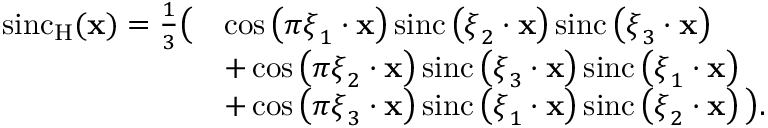
{ \begin{array} { r l } { \operatorname { s i n c } _ { \mathrm { H } } ( \mathbf { x } ) = { \frac { 1 } { 3 } } { \big ( } } & { \cos \left( \pi { \boldsymbol { \xi } } _ { 1 } \cdot \mathbf { x } \right) \operatorname { s i n c } \left( { \boldsymbol { \xi } } _ { 2 } \cdot \mathbf { x } \right) \operatorname { s i n c } \left( { \boldsymbol { \xi } } _ { 3 } \cdot \mathbf { x } \right) } \\ & { + \cos \left( \pi { \boldsymbol { \xi } } _ { 2 } \cdot \mathbf { x } \right) \operatorname { s i n c } \left( { \boldsymbol { \xi } } _ { 3 } \cdot \mathbf { x } \right) \operatorname { s i n c } \left( { \boldsymbol { \xi } } _ { 1 } \cdot \mathbf { x } \right) } \\ & { + \cos \left( \pi { \boldsymbol { \xi } } _ { 3 } \cdot \mathbf { x } \right) \operatorname { s i n c } \left( { \boldsymbol { \xi } } _ { 1 } \cdot \mathbf { x } \right) \operatorname { s i n c } \left( { \boldsymbol { \xi } } _ { 2 } \cdot \mathbf { x } \right) { \big ) } . } \end{array} }